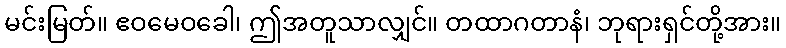
မင်းမြတ်။ ဧဝမေဝခေါ၊ ဤအတူသာလျှင်။ တထာဂတာနံ၊ ဘုရားရှင်တို့အား။